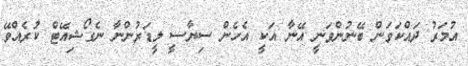
އުމަރު ދައްކަވަން ބޭނުންވަނީ އޭނާ އަކީ އެހެން ސިޔާސީ ލީޑަރުންނާ ނެގޯޝިއޭޓް ކުރެއްވޭ